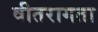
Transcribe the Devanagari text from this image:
वीतरागता